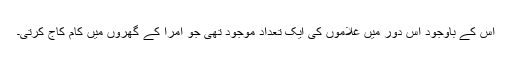
اس کے باوجود اس دور میں غلاموں کی ایک تعداد موجود تھی جو امرا کے گھروں میں کام کاج کرتی۔